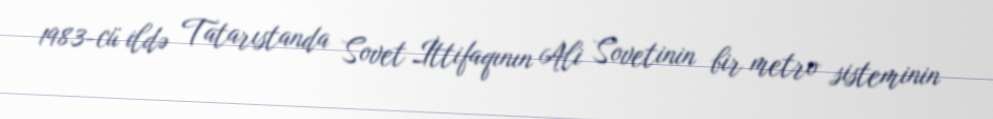
1983-cü ildə Tatarıstanda Sovet İttifaqının Ali Sovetinin bir metro sisteminin